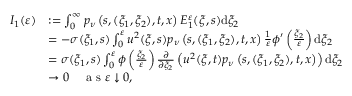
\begin{array} { r l } { I _ { 1 } ( \varepsilon ) } & { : = \int _ { 0 } ^ { \infty } p _ { \nu } \left( s , ( \xi _ { 1 } , \xi _ { 2 } ) , t , x \right) E _ { 1 } ^ { \varepsilon } ( \xi , s ) \mathrm { d } \xi _ { 2 } } \\ & { = - \sigma ( \xi _ { 1 } , s ) \int _ { 0 } ^ { \varepsilon } u ^ { 2 } ( \xi , s ) p _ { \nu } \left( s , ( \xi _ { 1 } , \xi _ { 2 } ) , t , x \right) \frac { 1 } { \varepsilon } \phi ^ { \prime } \left( \frac { \xi _ { 2 } } { \varepsilon } \right) \mathrm { d } \xi _ { 2 } } \\ & { = \sigma ( \xi _ { 1 } , s ) \int _ { 0 } ^ { \varepsilon } \phi \left( \frac { \xi _ { 2 } } { \varepsilon } \right) \frac { \partial } { \partial \xi _ { 2 } } \left( u ^ { 2 } ( \xi , t ) p _ { \nu } \left( s , ( \xi _ { 1 } , \xi _ { 2 } ) , t , x \right) \right) \mathrm { d } \xi _ { 2 } } \\ & { \rightarrow 0 \quad \textrm { a s } \varepsilon \downarrow 0 , } \end{array}